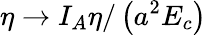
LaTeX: \eta\to I_{A}\eta/\left(a^{2}E_{c}\right)